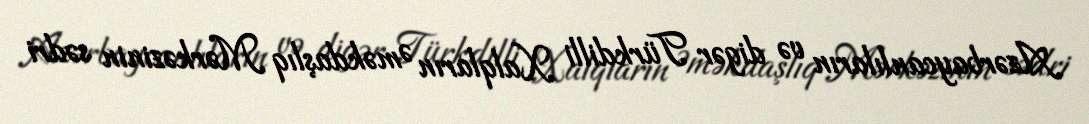
Azərbaycanlıların və digər Türkdilli Xalqların Əməkdaşlıq Mərkəzinin sədri